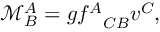
\mathcal { M } _ { B } ^ { A } = g { f ^ { A } } _ { C B } v ^ { C } ,